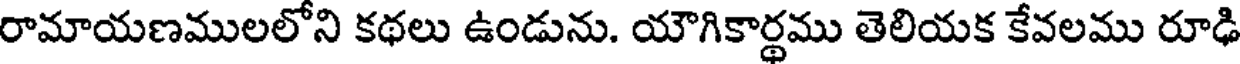
రామాయణములలోని కథలు ఉండును. యౌగికార్థము తెలియక కేవలము రూఢి